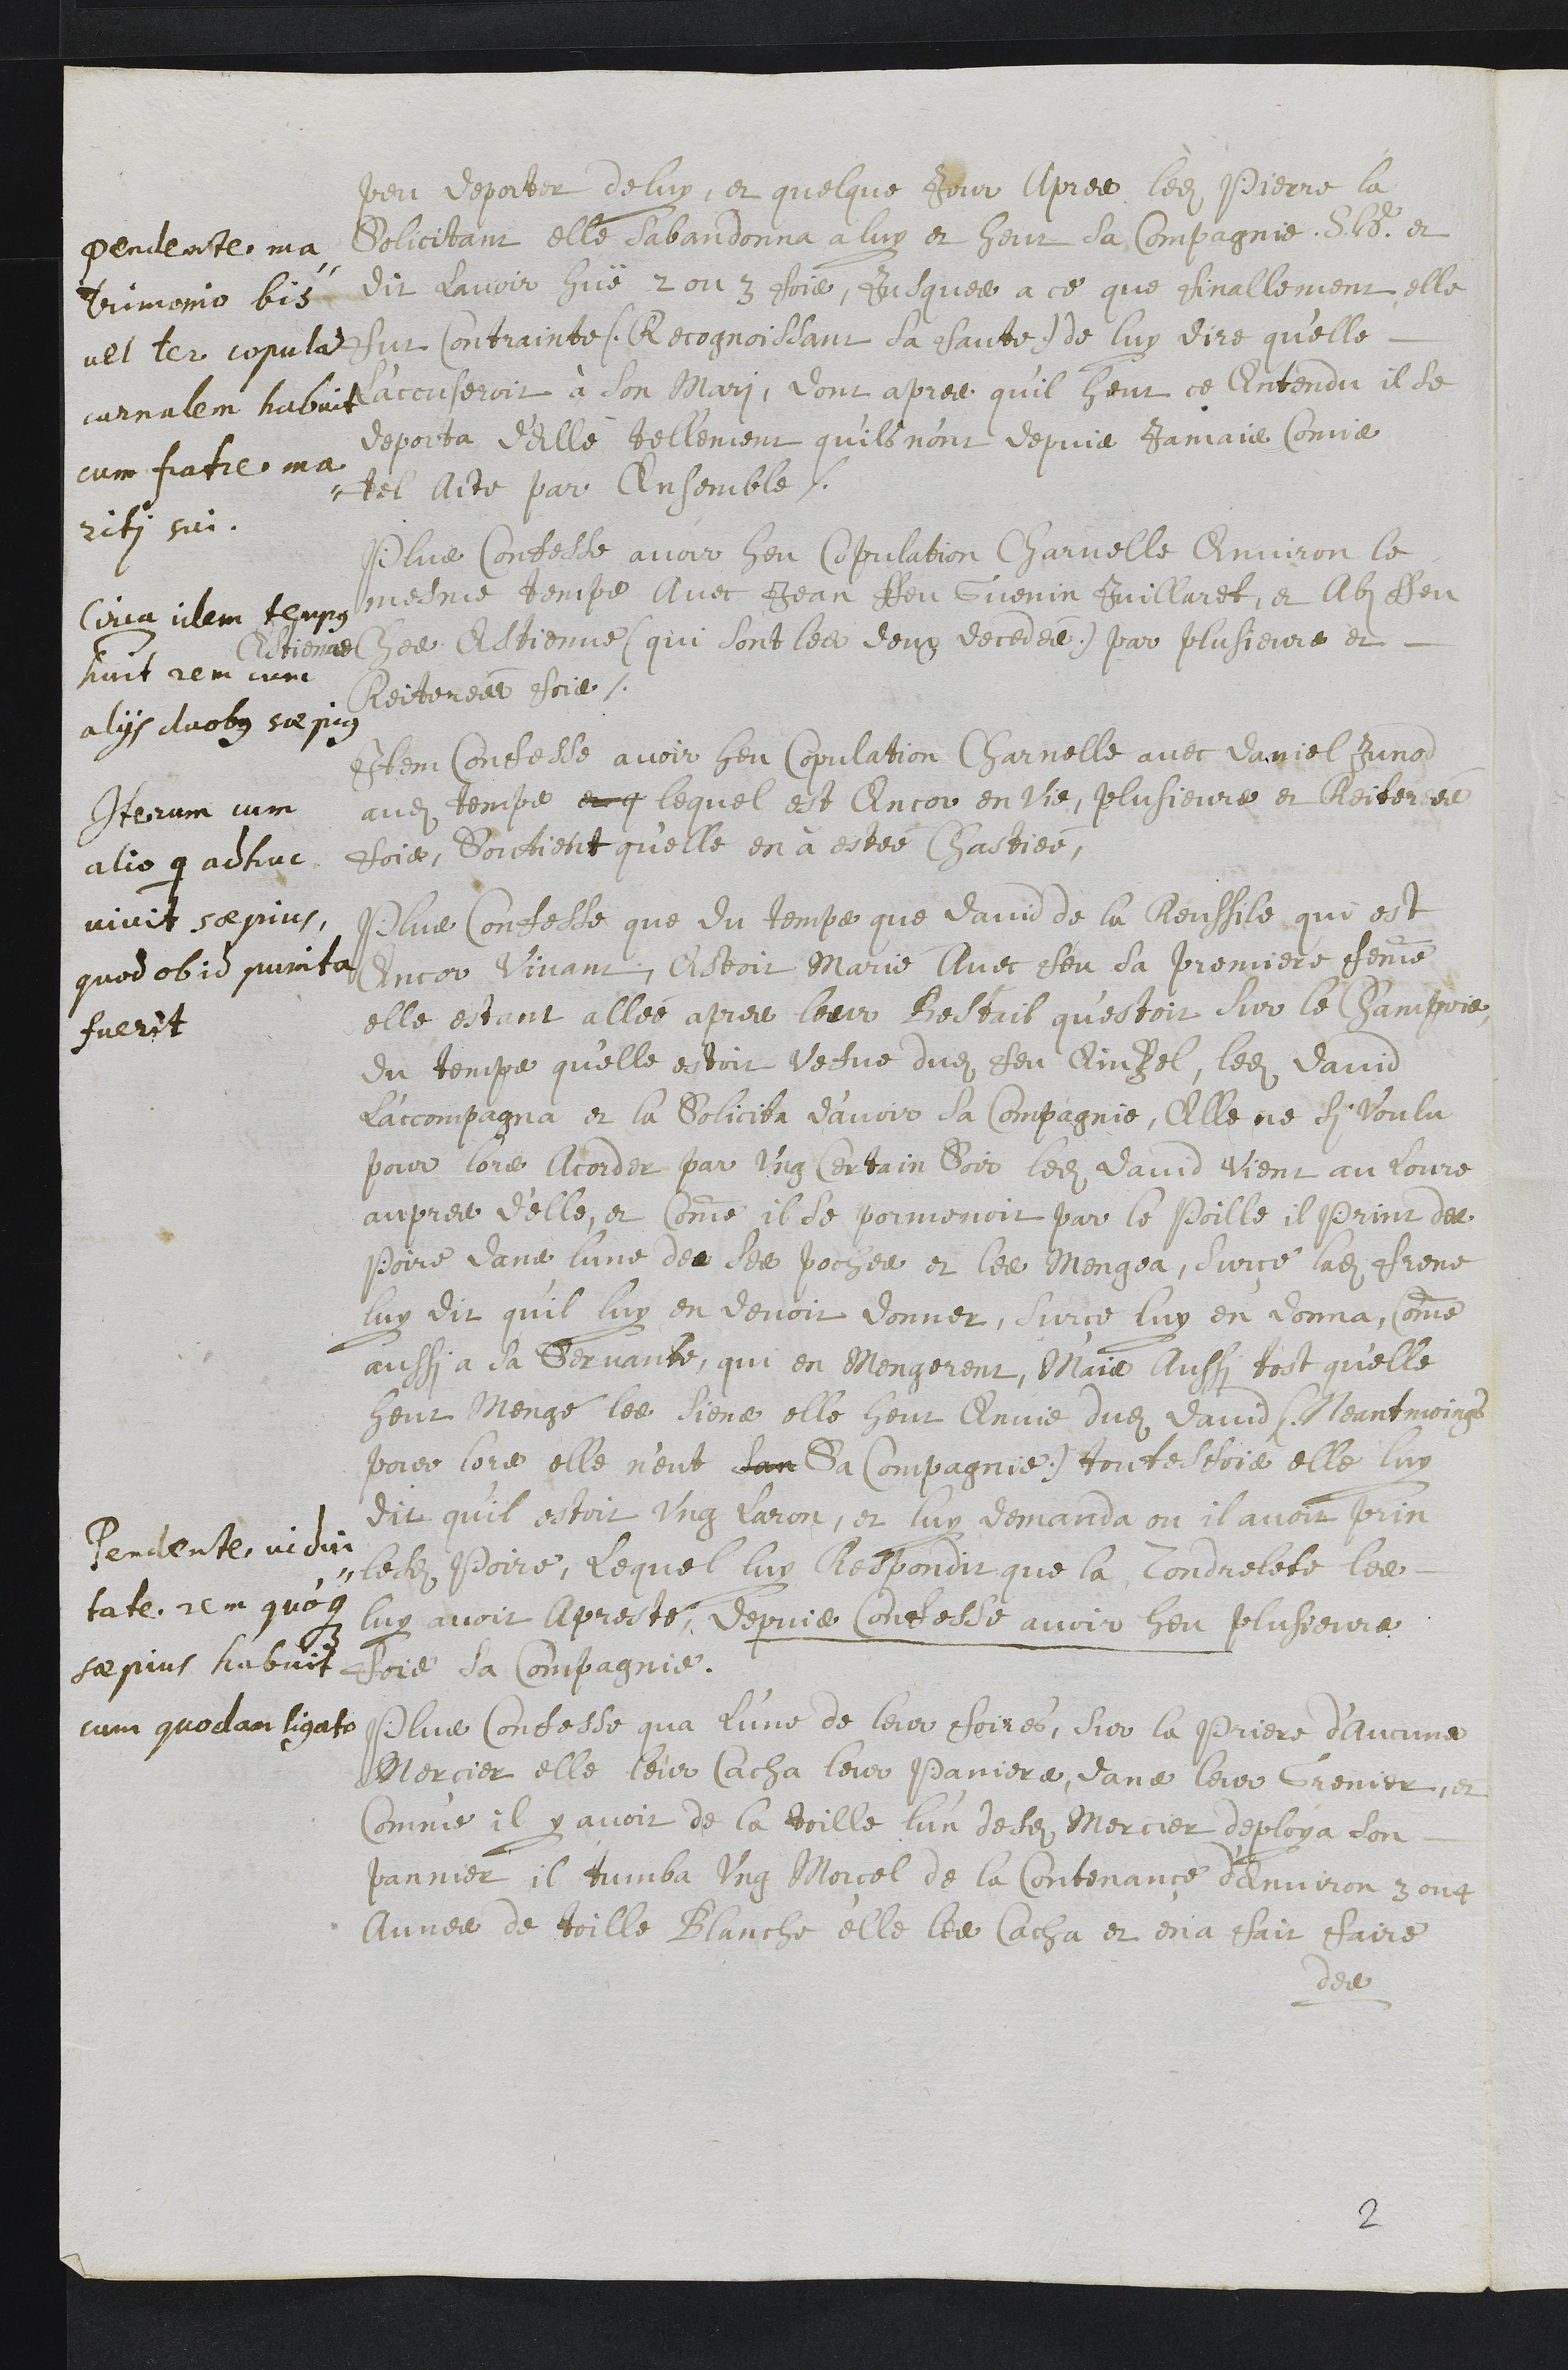
pendente ma¬
trimonio bis
vel ter copulat
carnalem habuit
cum fratre ma¬
riti sui.
peu deporter de luy, et quelque jour apres ledit Pierre la
Solicitant elle sabandonna a luy et heut sa compagnie S.H. et
dit lavoir huë 2 ou 3 fois, jusques a ce que finallement elle
fut contrainte (Recognoissant sa sante) de luy dire qu’elle
l'accuseroit à son mary, dont apres qu’il heut ce entendu, il se
deporta d'elle tellement qu'ils n'ont depuis jamais comis
tel acte par ensemble.
Circa idem tempus
habuit rem cum
aliis duobus sepius
Plus confesse avoir heu copulation charnelle environ le
mesme temps avec Jean ffeu Guenin Juillardt et Ab ffeu
Estienne ches Estienne (qui sont les deux decedés) par plusieurs et
Reiterées fois.
Iterum cum
alio qui adhuc
vivit saepius,
quod ob idem punita
fuerit.
Item confesse avoir heu copulation charnelle avec Daniel Junod
audit temps et q lequel est encor en vie, plusieurs et Reiterées
fois, Soutient qu'elle en à estée Chastiée,
Pendente vidui¬
tate rem quoque
saepius habuit
cum quodam ligato
Plus confesse que du temps que David de la Reussile qui est
encor vivant, estoit Marié avec feu sa premiere femme
elle estant allée apres leur Bestail qu'estoit sur le Champois
du temps qu'elle estoit vefve dudit feu Einzel, ledit David
l’accompagna et la solicita d’avoir sa compagnie, Elle ne si voulu
pour lors acorder par ung certain soir ledit David vient au lovre
aupres d'elle, et comme il se pormenoit par le poille, il print des
poire dans lune de ses poches et les mengea, Sur ce ladite frene
luy dit qu’il luy en devoit donner, surce luy en donna, comme
aussi a sa servante, qui en mangerent, Mais aussi tost qu'elle
heut mengé les siens elle heut Envie dudit david (Neantmoings
pour lors elle n'eut son Sa compagnie) toutesfois elle luy
dit qu’il estoit ung laron, et luy demanda ou il avoit prin
lesdites Poire, lequel luy Respondit que la Tondrelete les
luy avoit apresté. Depuis confesse avoir heu plusieurs
fois sa Compagnie.
Plus confesse qua l’une de leur foires, sur la priere d'aucuns
Mercier elle leur cacha leur paniers dans leur Grenier et
comme il y avoit de la toille, l’un de ses Mercier deploya son
pannier, il tumba ung Morçel de la Contenance d’environ 3 ou 4
Aunes de toille Blanche elle les cacha et en a fait faire
des
2